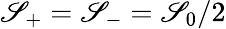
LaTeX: \mathscr{S}_{+}=\mathscr{S}_{-}=\mathscr{S}_{0}/2